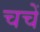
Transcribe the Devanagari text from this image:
चचें